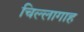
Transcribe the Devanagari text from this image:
चिल्लागाह